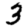
Digit: 3